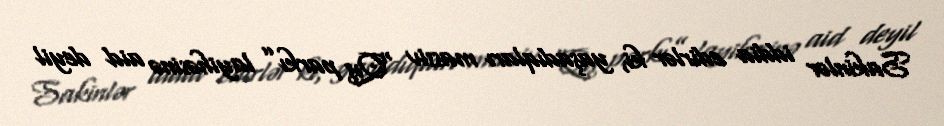
Sakinlər iddia edirlər ki, yaşadıqları massiv “Qış parkı” layihəsinə aid deyil